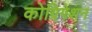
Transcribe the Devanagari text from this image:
कोग्रिगेशन